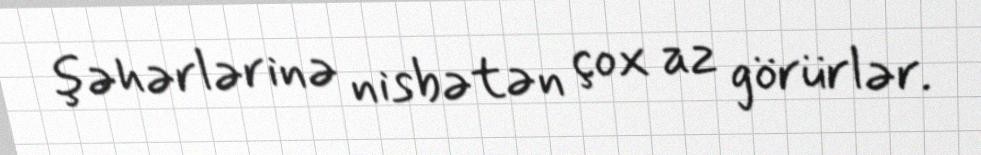
şəhərlərinə nisbətən çox az görürlər.